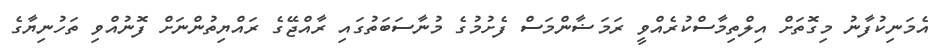
އެމަނިކުފާނު މިގޮތަށް އިލްތިމާސްކުރެއްވީ ރަމަޟާންމަސް ފެށުމުގެ މުނާސަބަތުގައި ރާއްޖޭގެ ރައްޔިތުންނަށް ފޮނުއްވި ތަހުނިޔާގެ